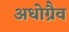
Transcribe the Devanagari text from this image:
अधोग्रैव